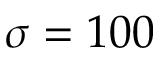
\sigma = 1 0 0